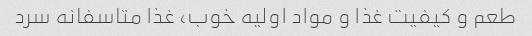
طعم و کیفیت غذا و مواد اولیه خوب، غذا متاسفانه سرد